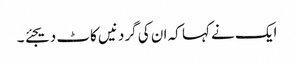
ایک نے کہا کہ ان کی گردنیں کاٹ دیجئے ۔